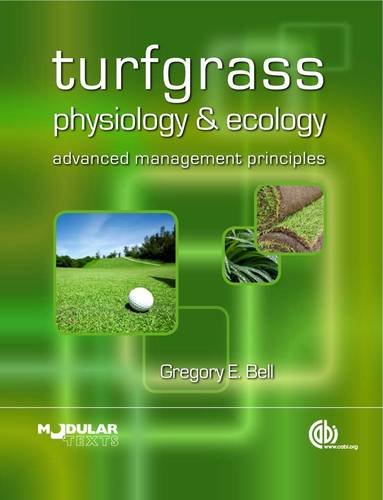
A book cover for Turfgrass Physiology and Ecology: Advanced Management Principles (Modular Texts Series); Gregory E. Bell; Science & Math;